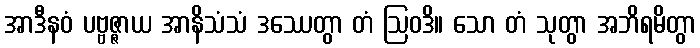
အာဒီနဝံ ပဗ္ဗဇ္ဇာယ အာနိသံသံ ဒဿေတွာ တံ ဩဝဒိ။ သော တံ သုတွာ အဘိရမိတွာ